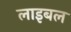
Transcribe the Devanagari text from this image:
लाइबल